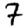
Digit: 7